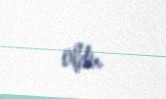
oldu.